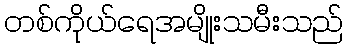
တစ်ကိုယ်ရေအမျိုးသမီးသည်